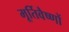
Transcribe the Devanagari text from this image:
मूर्तिवैष्णों